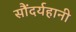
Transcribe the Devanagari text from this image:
सौंदर्यहानी